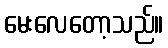
မေးလေတော့သည်။